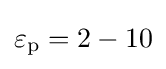
\varepsilon _{\rm {p}}=2-10